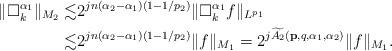
LaTeX: \begin{align*} \|\Box_k^{\alpha_1}\|_{M_2} \lesssim & 2^{jn(\alpha_2-\alpha_1)(1-1/p_2)}\|\Box_k^{\alpha_1}f\|_{L^{p_1}} \\ \lesssim & 2^{jn(\alpha_2-\alpha_1)(1-1/p_2)}\|f\|_{M_1}=2^{j\widetilde{A_2}(\mathbf{p},q,\alpha_1,\alpha_2)}\|f\|_{M_1}. \end{align*}